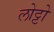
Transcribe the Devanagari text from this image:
लोट्टो